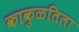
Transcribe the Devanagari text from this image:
काकुळतिला